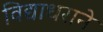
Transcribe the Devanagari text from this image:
विद्याधराने